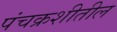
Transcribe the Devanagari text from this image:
पंचक्रशीतील